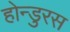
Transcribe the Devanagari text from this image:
होन्डुरस